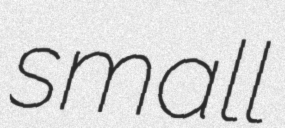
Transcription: small